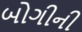
બોગીની